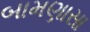
બામણાસા